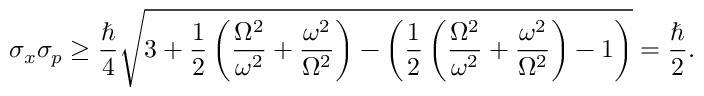
\sigma _ { x } \sigma _ { p } \geq { \frac { \hbar } { 4 } } { \sqrt { 3 + { \frac { 1 } { 2 } } \left( { \frac { \Omega ^ { 2 } } { \omega ^ { 2 } } } + { \frac { \omega ^ { 2 } } { \Omega ^ { 2 } } } \right) - \left( { \frac { 1 } { 2 } } \left( { \frac { \Omega ^ { 2 } } { \omega ^ { 2 } } } + { \frac { \omega ^ { 2 } } { \Omega ^ { 2 } } } \right) - 1 \right) } } = { \frac { \hbar } { 2 } } .